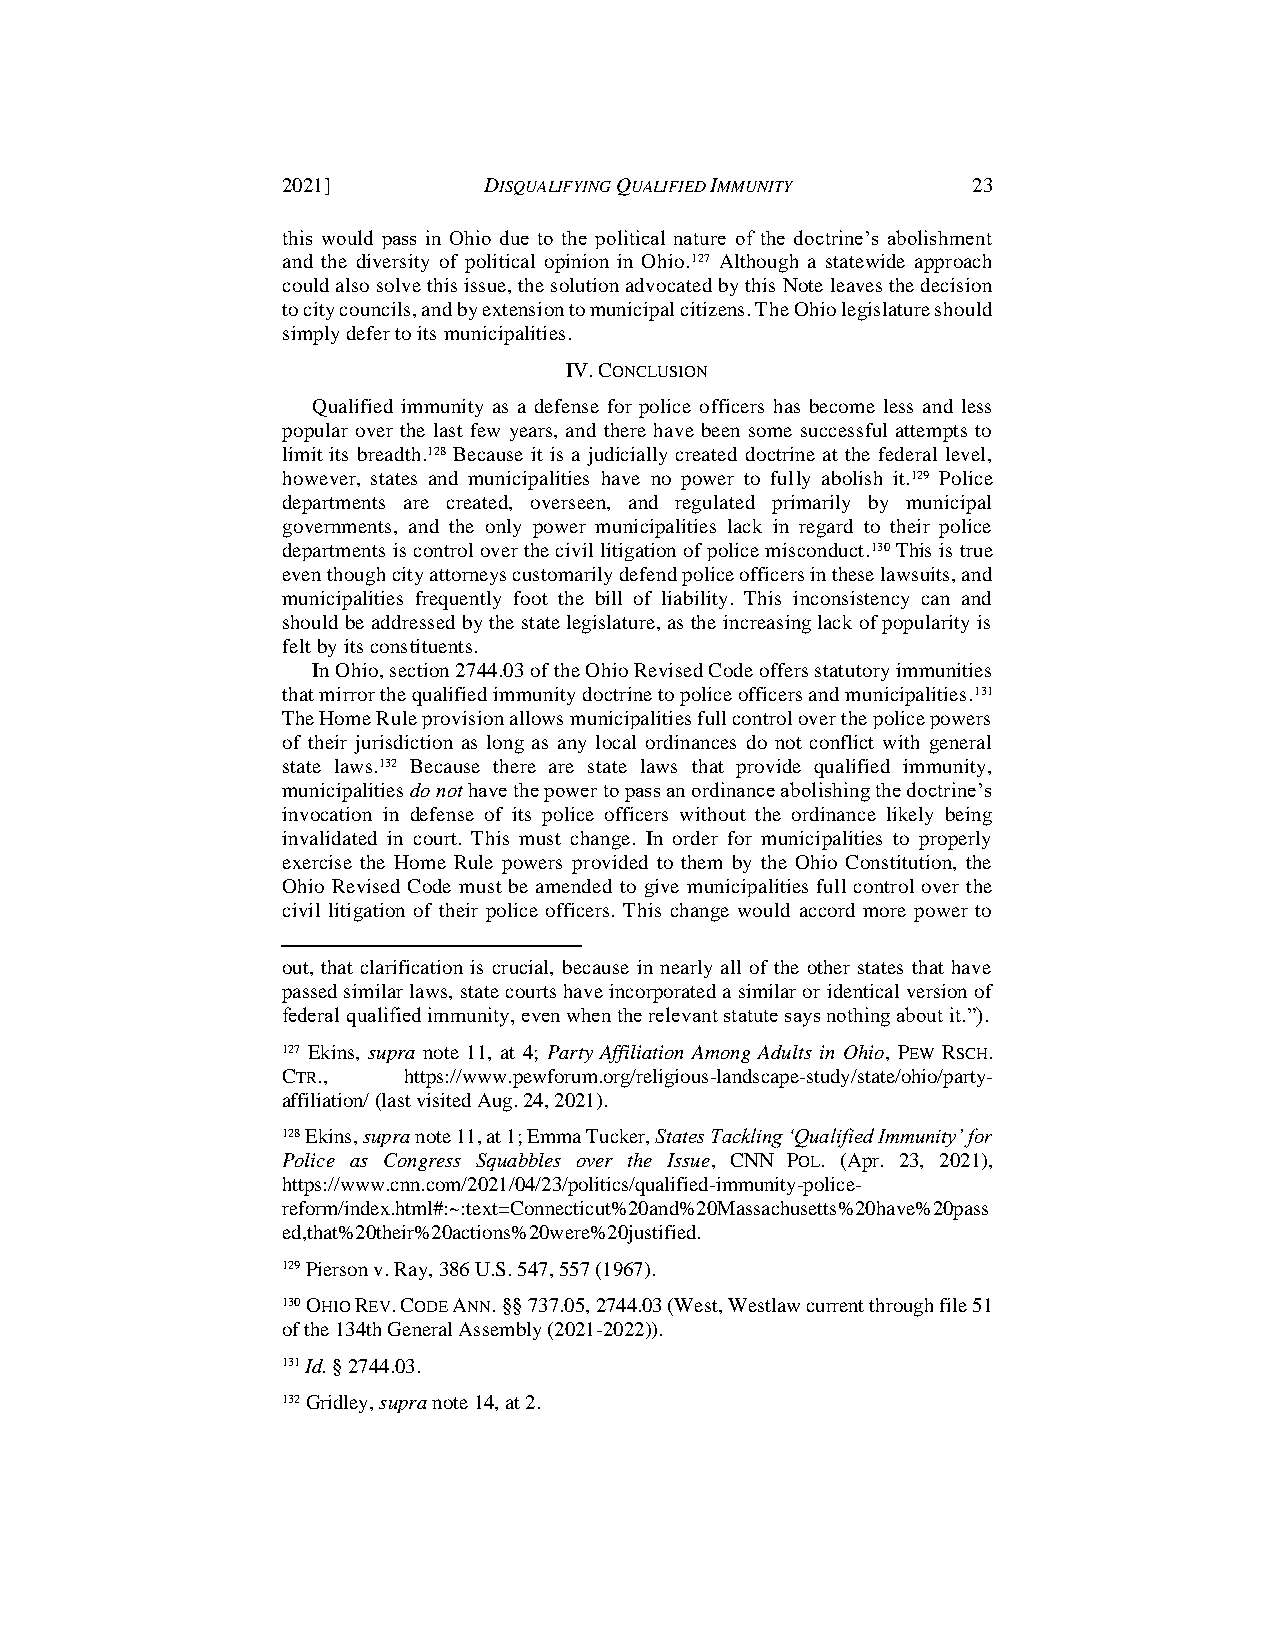
2021]        DISQUALIFYING QUALIFIED IMMUNITY 23
 this would pass in Ohio due to the political nature of the doctrine’s abolishment
 and the diversity of political opinion in Ohio.127 Although a statewide approach
 could also solve this issue, the solution advocated by this Note leaves the decision
 to city councils, and by extension to municipal citizens. The Ohio legislature should
 simply defer to its municipalities.
 IV. CONCLUSION
 Qualified immunity as a defense for police officers has become less and less
 popular over the last few years, and there have been some successful attempts to
 limit its breadth.128 Because it is a judicially created doctrine at the federal level,
 however, states and municipalities have no power to fully abolish it.129 Police
 departments are created, overseen, and regulated primarily by municipal
 governments, and the only power municipalities lack in regard to their police
 departments is control over the civil litigation of police misconduct.130 This is true
 even though city attorneys customarily defend police officers in these lawsuits, and
 municipalities frequently foot the bill of liability. This inconsistency can and
 should be addressed by the state legislature, as the increasing lack of popularity is
 felt by its constituents.
 In Ohio, section 2744.03 of the Ohio Revised Code offers statutory immunities
 that mirror the qualified immunity doctrine to police officers and municipalities.131
 The Home Rule provision allows municipalities full control over the police powers
 of their jurisdiction as long as any local ordinances do not conflict with general
 state laws.132 Because there are state laws that provide qualified immunity,
 municipalities do not have the power to pass an ordinance abolishing the doctrine’s
 invocation in defense of its police officers without the ordinance likely being
 invalidated in court. This must change. In order for municipalities to properly
 exercise the Home Rule powers provided to them by the Ohio Constitution, the
 Ohio Revised Code must be amended to give municipalities full control over the
 civil litigation of their police officers. This change would accord more power to
 out, that clarification is crucial, because in nearly all of the other states that have
 passed similar laws, state courts have incorporated a similar or identical version of
 federal qualified immunity, even when the relevant statute says nothing about it.”).
 127 Ekins, supra note 11, at 4; Party Affiliation Among Adults in Ohio, PEW RSCH.
 CTR.,   https://www.pewforum.org/religious-landscape-study/state/ohio/party-
 affiliation/ (last visited Aug. 24, 2021).
 128 Ekins, supra note 11, at 1; Emma Tucker, States Tackling ‘Qualified Immunity’ for
 Police as Congress Squabbles over the Issue, CNN POL. (Apr. 23, 2021),
 https://www.cnn.com/2021/04/23/politics/qualified-immunity-police-
 reform/index.html#:~:text=Connecticut%20and%20Massachusetts%20have%20pass
 ed,that%20their%20actions%20were%20justified.
 129 Pierson v. Ray, 386 U.S. 547, 557 (1967).
 130 OHIO REV. CODE ANN. §§ 737.05, 2744.03 (West, Westlaw current through file 51
 of the 134th General Assembly (2021-2022)).
 131 Id. § 2744.03.
 132 Gridley, supra note 14, at 2.